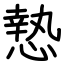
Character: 慹